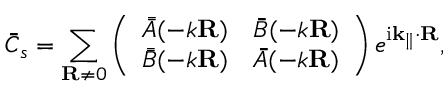
\bar { \bar { C } } _ { s } = \sum _ { \mathbf { R } \neq 0 } \left( \begin{array} { l l } { \bar { \bar { A } } ( - k \mathbf { R } ) } & { \bar { \bar { B } } ( - k \mathbf { R } ) } \\ { \bar { \bar { B } } ( - k \mathbf { R } ) } & { \bar { \bar { A } } ( - k \mathbf { R } ) } \end{array} \right) e ^ { \mathrm { i \mathbf { k } _ { \parallel } \cdot \mathbf { R } } } ,